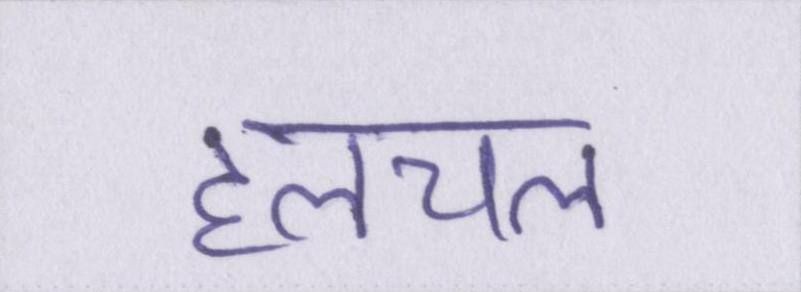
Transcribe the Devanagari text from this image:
हलचल